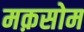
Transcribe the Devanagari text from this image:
मक़सोम